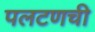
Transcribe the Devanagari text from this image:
पलटणची